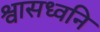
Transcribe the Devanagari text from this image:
श्वासध्वनि